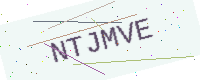
Text: NTJMVE